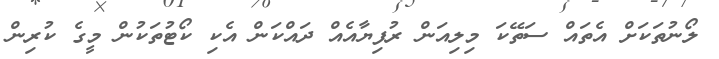
ލޯނުތަކަށް އެތައް ސަތޭކަ މިލިއަން ރުފިޔާއެއް ދައްކަން އެކި ކޯޓުތަކުން މީގެ ކުރިން